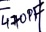
Text: 470PF